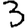
Digit: 3